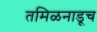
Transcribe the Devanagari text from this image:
तमिळनाडूच